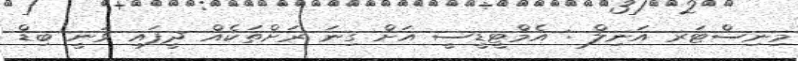
މިނިސްޓަރ އަނިލް : އެމްޓީޑީސީ އަށް ގިނަ ރަށްތަކެއް ދީފައި ވަނީ ބިޑް